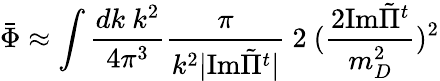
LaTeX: \bar{\Phi}\approx\int{\frac{dk\ k^{2}}{4\pi^{3}}}{\frac{\pi}{k^{2}\vert{\mathrm{Im}}{\tilde{\Pi}}^{t}\vert}}\ 2\ (\frac{2{\mathrm{Im}}{\tilde{\Pi}}^{t}}{m_{D}^{2}})^{2}